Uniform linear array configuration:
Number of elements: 4
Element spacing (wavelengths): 1
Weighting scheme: blackman
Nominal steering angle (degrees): -30
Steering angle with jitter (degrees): -30.942
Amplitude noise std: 0.05
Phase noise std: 0.05

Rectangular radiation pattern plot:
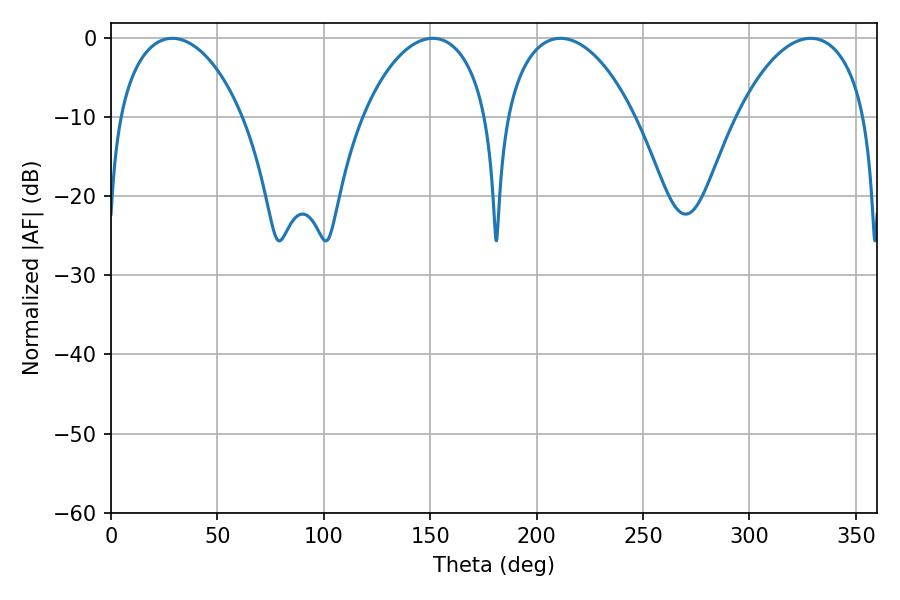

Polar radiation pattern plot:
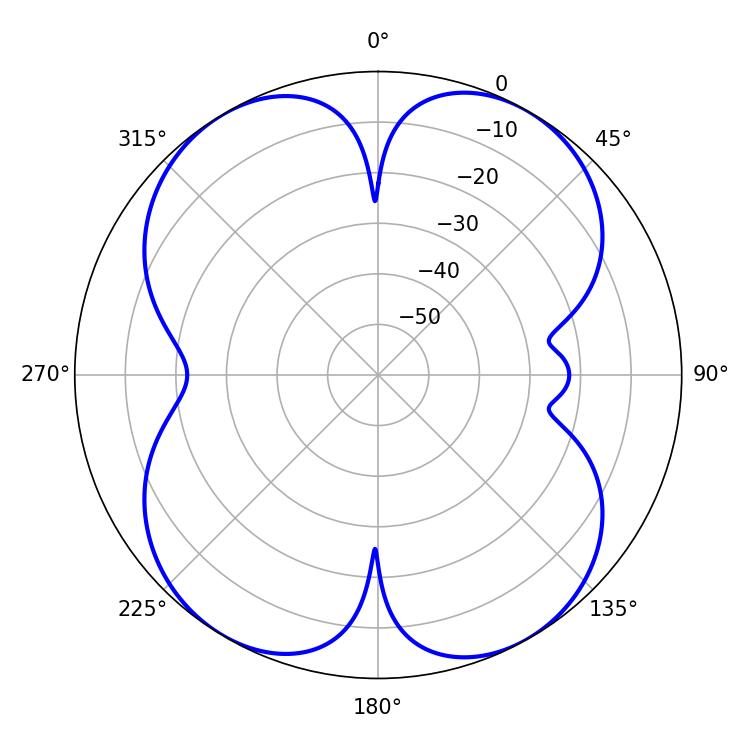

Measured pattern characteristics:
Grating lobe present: TRUE
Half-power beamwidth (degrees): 33.48
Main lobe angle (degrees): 28.8